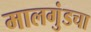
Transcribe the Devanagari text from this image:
मालगुंडचा